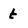
Character: t